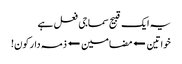
یہ ایک قبیح سماجی فعل ہے
خواتین ⬅مضامین⬅ذمہ دار کون!